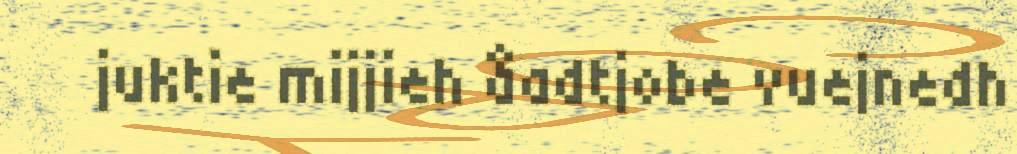
juktie mijjieh åadtjobe vuejnedh